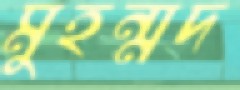
মুহন্মদ